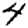
Digit: 4